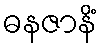
ဓနဇာနိံ